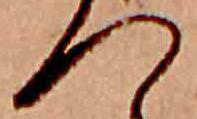
つ